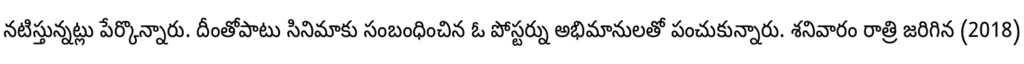
నటిస్తున్నట్లు పేర్కొన్నారు. దీంతోపాటు సినిమాకు సంబంధించిన ఓ పోస్టర్ను అభిమానులతో పంచుకున్నారు. శనివారం రాత్రి జరిగిన (2018)